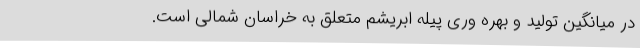
در میانگین تولید و بهره وری پیله ابریشم متعلق به خراسان شمالی است.